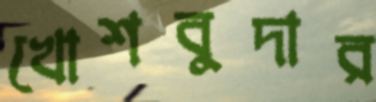
খোশবুদার